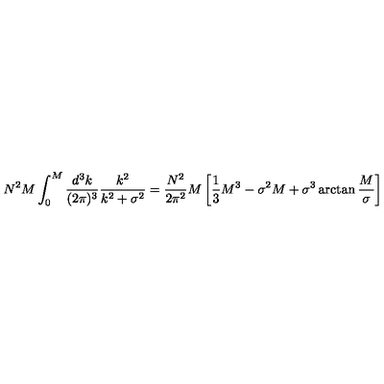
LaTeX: N ^ { 2 } M \int _ { 0 } ^ { M } { \frac { d ^ { 3 } k } { ( 2 \pi ) ^ { 3 } } } { \frac { k ^ { 2 } } { k ^ { 2 } + \sigma ^ { 2 } } } = { \frac { N ^ { 2 } } { 2 \pi ^ { 2 } } } M \left[ { \frac { 1 } { 3 } } M ^ { 3 } - \sigma ^ { 2 } M + \sigma ^ { 3 } \arctan { \frac { M } { \sigma } } \right]